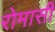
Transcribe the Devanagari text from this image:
रोमासी